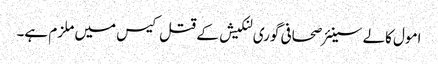
امول کالے سینئر صحافی گوری لنکیش کے قتل کیس میں ملزم ہے۔